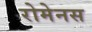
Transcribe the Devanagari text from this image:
रोमेनस